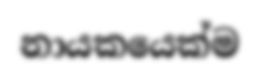
නායකයෙක්ම